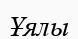
Ұялы